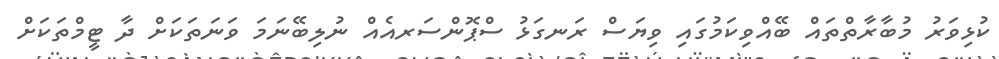
ކުޅިވަރު މުބާރާތްތައް ބޭއްވިކަމުގައި ވިޔަސް ރަނގަޅު ސްޕޮންސަރއެއް ނުލިބޭނަމަ ވަނަތަކަށް ދާ ޓީމްތަކަށް